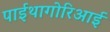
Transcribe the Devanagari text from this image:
पाईथागोरिआई